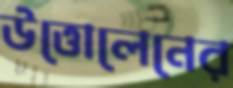
উত্তোলেনের